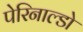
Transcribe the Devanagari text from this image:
पेरिनाल्डो